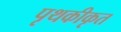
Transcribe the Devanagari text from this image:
पृथकीकृत